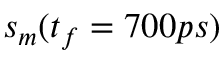
s _ { m } ( t _ { f } = 7 0 0 p s )